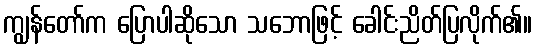
ကျွန်တော်က ပြောပါဆိုသော သဘောဖြင့် ခေါင်းညိတ်ပြလိုက်၏။